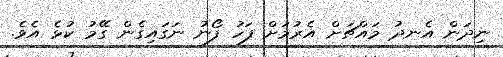
ނިދަން އެނދު މައްޗަށް އެރުމަށް ފަހު ފޯނު ނަގައިގެން ގޭމު ކުޅެ އެވެ.